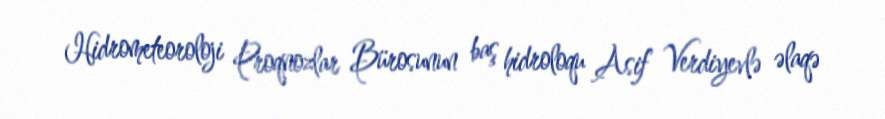
Hidrometeoroloji Proqnozlar Bürosunun baş hidroloqu Asif Verdiyevlə əlaqə